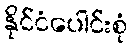
နိုင်ငံပေါင်းစုံ